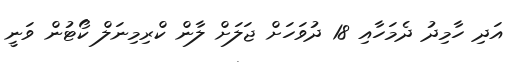
އަދި ހާމިދު ދެމަހާއި 18 ދުވަހަށް ޖަލަށް ލާން ކްރިމިނަލް ކޯޓުން ވަނީ